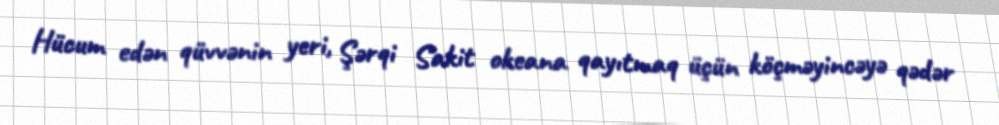
Hücum edən qüvvənin yeri, Şərqi Sakit okeana qayıtmaq üçün köçməyincəyə qədər